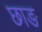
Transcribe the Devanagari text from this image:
छाङ